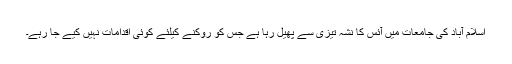
اسلام آباد کی جامعات میں آئس کا نشہ تیزی سے پھیل رہا ہے جس کو روکنے کیلئے کوئی اقدامات نہیں کیے جا رہے۔